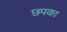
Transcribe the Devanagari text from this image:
छपका